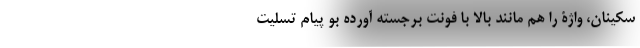
سکینان، واژۀ را هم مانند بالا با فونت برجسته آورده بو پیام تسلیت